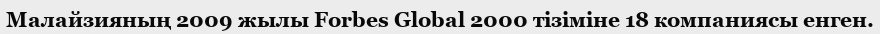
Малайзияның 2009 жылы Forbes Global 2000 тізіміне 18 компаниясы енген.